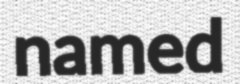
named